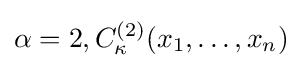
\alpha =2,C_{\kappa }^{(2)}(x_{1},\ldots ,x_{n})